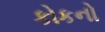
કોકનો